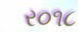
ર૦૧૮